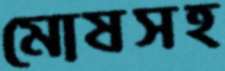
মোষসহ